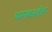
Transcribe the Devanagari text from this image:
यागकालीन